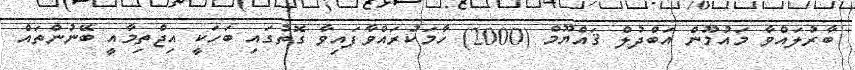
ބާރުލައްވާ މައުމޫން އަބްދުލް ޤައްޔޫމް (2000) ހާމަކުރައްވާފައިވާ ގޮތުގައި ބަހަކީ އިޖްތިމާއީ ބޭނުންތައް